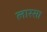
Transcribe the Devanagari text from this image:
लारसा